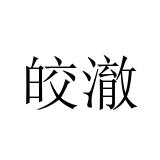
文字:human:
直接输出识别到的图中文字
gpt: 皎澈